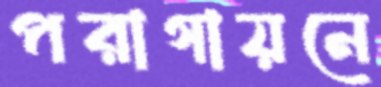
পরাগায়নে